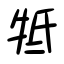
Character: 牴